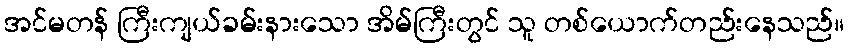
အင်မတန် ကြီးကျယ်ခမ်းနားသော အိမ်ကြီးတွင် သူ တစ်ယောက်တည်းနေသည်။